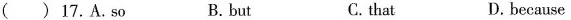
( ) 17.A.so B.but C.that D. because